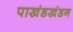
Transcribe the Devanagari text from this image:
पाखंडखंडन